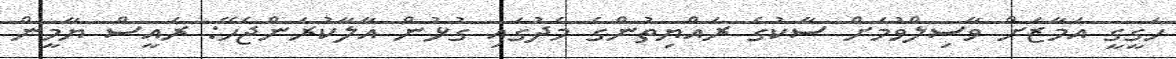
ހަގީގީ އަމާޒަށް ވާސިލްވުމަށް ސާކުގެ ރައްޔިތުންގެ މެދުގައި ގުޅުން އާލާކުރަންޖެހޭ: ރައީސް ޔާމީން